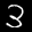
Label: 3